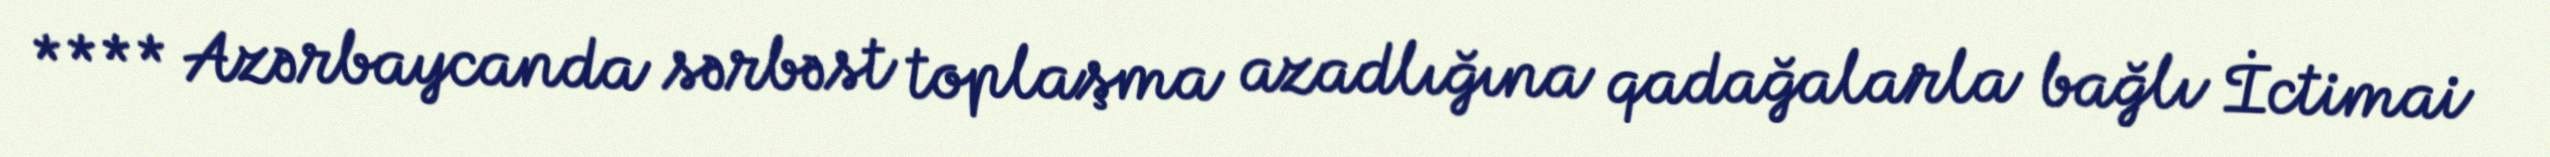
**** Azərbaycanda sərbəst toplaşma azadlığına qadağalarla bağlı İctimai